Vaccination in the Punjab 1883-1896 - 1883-1896
Year: 1883
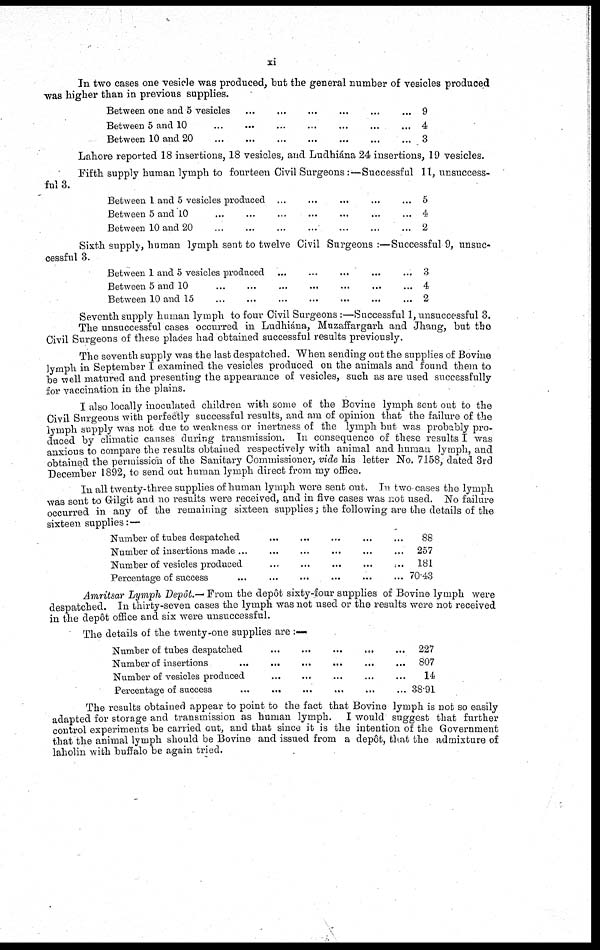
xi
In two cases one vesicle was produced, but the general number of vesicles produced
-was higher than in previous supplies.
Between one and 5 vesicles
Between 5 and 10
Between 10 and 20
...
...
...
...
...
...
...
...
...
...
...
...
...
...
...
...
...
9
4
3
Lahore reported 18 insertions, 18 vesicles, and Ludhiána 24 insertions, 19 vesicles.
Fifth supply human lymph to fourteen Civil Surgeons :—Successful 11, unsuccess-
ful 3.
Between 1 and 5 vesicles produced
Between 5 and 10
Between 10 and 20
...
...
...
...
...
...
...
...
...
...
...
...
...
...
...
5
4
2
Sixth supply, human lymph sent to twelve Civil Surgeons :—Successful 9, unsuc-
cessful 3.
Between 1 and 5 vesicles produced
Between 5 and 10
Between 10 and 15
...
...
...
...
...
...
...
...
...
...
...
...
...
...
...
3
4
2
Seventh supply human lymph to four Civil Surgeons :—Successful 1, unsuccessful 3.
The unsuccessful cases occurred in Ludhiána, Muzaffargarh and Jhang, but the
Civil Surgeons of these places had obtained successful results previously.
The seventh supply was the last despatched. When sending out the supplies of Bovine
lymph in September I examined the vesicles produced on the animals and found them to
be well matured and presenting the appearance of vesicles, such as are used successfully
for vaccination in the plains.
I also locally inoculated children with some of the Bovine lymph sent out to the
Civil Surgeons with perfectly successful results, and am of opinion that the failure of the
lymph supply was not due to weakness or inertness of the lymph but was probably pro-
duced by climatic causes during transmission. In consequence of these results I was
anxious to compare the results obtained respectively with animal and human lymph, and
obtained the permission of the Sanitary Commissioner, vide his letter No. 7158, dated 3rd
December 1892, to send out human lymph direct from my office.
In all twenty-three supplies of human lymph were sent out. In two cases the lymph
was sent to Gilgit and no results were received, and in five cases was not used. No failure
occurred in any of the remaining sixteen supplies; the following are the details of the
sixteen supplies: —
Number of tubes despatched
Number of insertions made ...
Number of vesicles produced
Percentage of success
...
...
...
...
...
...
...
...
...
...
...
...
...
...
...
...
...
...
...
...
88
257
181
70.43
Amritsar Lymph Depôt.— From the depôt sixty-four supplies of Bovine lymph were
despatched. In thirty-seven cases the lymph was not used or the results were not received
in the depôt office and six were unsuccessful.
The details of the twenty-one supplies are :—
Number of tubes despatched
Number of insertions
Number of vesicles produced
Percentage of success
...
...
...
...
...
...
...
...
...
...
...
...
...
...
...
...
...
...
...
...
227
807
14
38.91
The results obtained appear to point to the fact that Bovine lymph is not so easily
adapted for storage and transmission as human lymph. I would suggest that further
control experiments be carried out, and that since it is the intention of the Government
that the animal lymph should be Bovine and issued from a depôt, that the admixture of
laholin with buffalo be again tried.